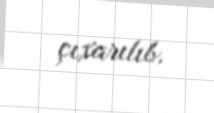
çıxarılıb.